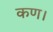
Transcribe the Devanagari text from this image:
कण।